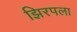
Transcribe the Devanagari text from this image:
झिरपला